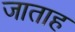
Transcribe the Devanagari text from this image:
जाताह